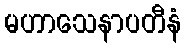
မဟာသေနာပတီနံ